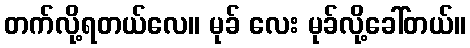
တက်လို့ရတယ်လေ။ မုခ် လေး မုခ်လို့ခေါ်တယ်။